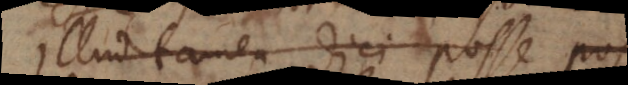
Illud tamen dici posse